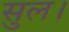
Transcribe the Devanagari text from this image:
सुल।